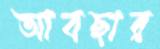
আবছার